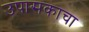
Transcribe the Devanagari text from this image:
उपासकाचा